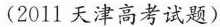
(2011天津高考试题)